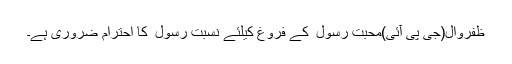
ظفروال(جی پی آئی)محبت رسول ۖ کے فروغ کیلئے نسبت رسول ۖ کا احترام ضروری ہے۔